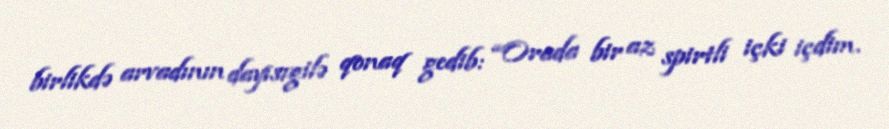
birlikdə arvadının dayısıgilə qonaq gedib: “Orada bir az spirtli içki içdim.